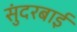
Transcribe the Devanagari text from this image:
सुंदरबाई